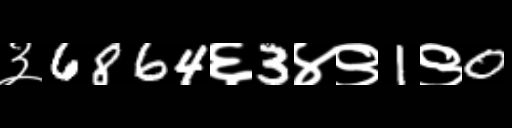
Text: ३6864६3४९1९0